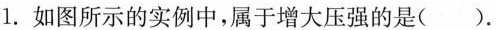
1.如图所示的实例中，属于增大压强的是( )。